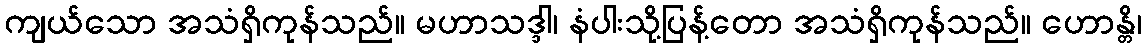
ကျယ်သော အသံရှိကုန်သည်။ မဟာသဒ္ဒါ၊ နံပါးသို့ပြန့်တော အသံရှိကုန်သည်။ ဟောန္တိ၊